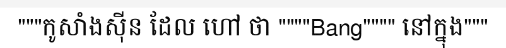
"""កូសាំងស៊ីន ដែល ហៅ ថា """"Bang"""" នៅក្នុង"""